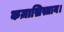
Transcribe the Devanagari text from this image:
कज़ाख़िस्तान।